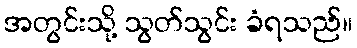
အတွင်းသို့ သွတ်သွင်း ခံရသည်။